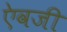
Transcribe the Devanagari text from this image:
एेवजी